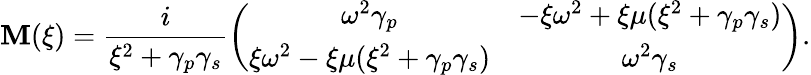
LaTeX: \mathbf{M}(\xi)=\frac{{i}}{{\xi^{2}+\gamma_{p}\gamma_{s}}}\left(\begin{array}{cc}{\omega^{2}\gamma_{p}}&{-\xi\omega^{2}+\xi\mu(\xi^{2}+\gamma_{p}\gamma_{s})}\\ {\xi\omega^{2}-\xi\mu(\xi^{2}+\gamma_{p}\gamma_{s})}&{\omega^{2}\gamma_{s}}\end{array}\right).